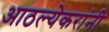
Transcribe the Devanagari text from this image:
आठल्येकरांनी